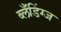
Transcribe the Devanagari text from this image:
ब्लँडिंग्ज